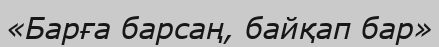
«Барға барсаң, байқап бар»